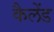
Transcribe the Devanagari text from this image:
कैलेंड